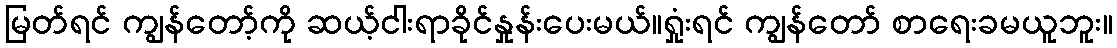
မြတ်ရင် ကျွန်တော့်ကို ဆယ့်ငါးရာခိုင်နှုန်းပေးမယ်။ရှုံးရင် ကျွန်တော် စာရေးခမယူဘူး။